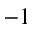
^ { - 1 }